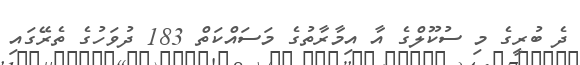
ދެ ބުރީގެ މި ސުކޫލްގެ އާ އިމާރާތުގެ މަސައްކަތް 183 ދުވަހުގެ ތެރޭގައި